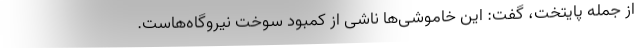
از جمله پایتخت، گفت:‌ این خاموشی‌ها ناشی از کمبود سوخت نیروگاه‌هاست.